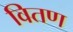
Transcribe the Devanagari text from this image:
वितण